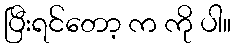
ပြီးရင်တော့ က ကို ပါ။